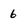
Character: 6